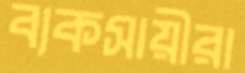
ব্যকসায়ীরা